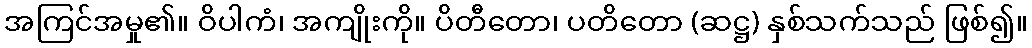
အကြင်အမှု၏။ ဝိပါကံ၊ အကျိုးကို။ ပိတီတော၊ ပတိတော (ဆဋ္ဌ) နှစ်သက်သည် ဖြစ်၍။